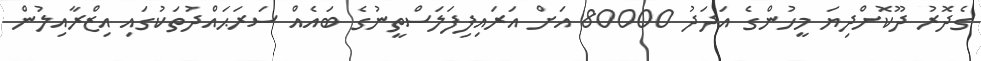
ގެދޮރު ދޫކޮށްދިޔަ މީހުންގެ އަދަދު 80000 އަށް އަރައިފިފަލަސްތީނުގެ ބައެއް ސަރަޙައްދުތަކުގައި އިޒްރާއިލުން